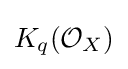
K_{q}({\mathcal {O}}_{X})